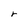
Character: r